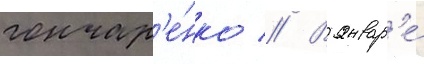
гончар'е́нко // В январ'е́